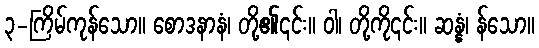
၃-ကြိမ်ကုန်သော။ စောဒနာနံ၊ တို့၏၎င်း။ ဝါ၊ တို့ကို၎င်း။ ဆန္နံ၊ န်သော။